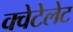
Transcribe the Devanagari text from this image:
क्वेटेलेट